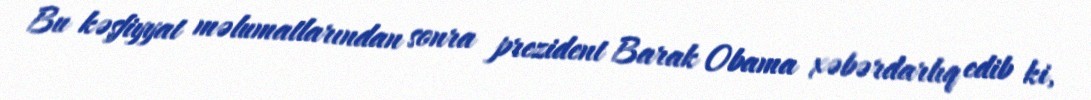
Bu kəşfiyyat məlumatlarından sonra prezident Barak Obama xəbərdarlıq edib ki,